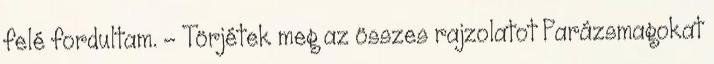
felé fordultam. – Törjétek meg az összes rajzolatot Parázsmagokat